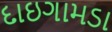
દાઇગામડા